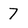
Character: 7